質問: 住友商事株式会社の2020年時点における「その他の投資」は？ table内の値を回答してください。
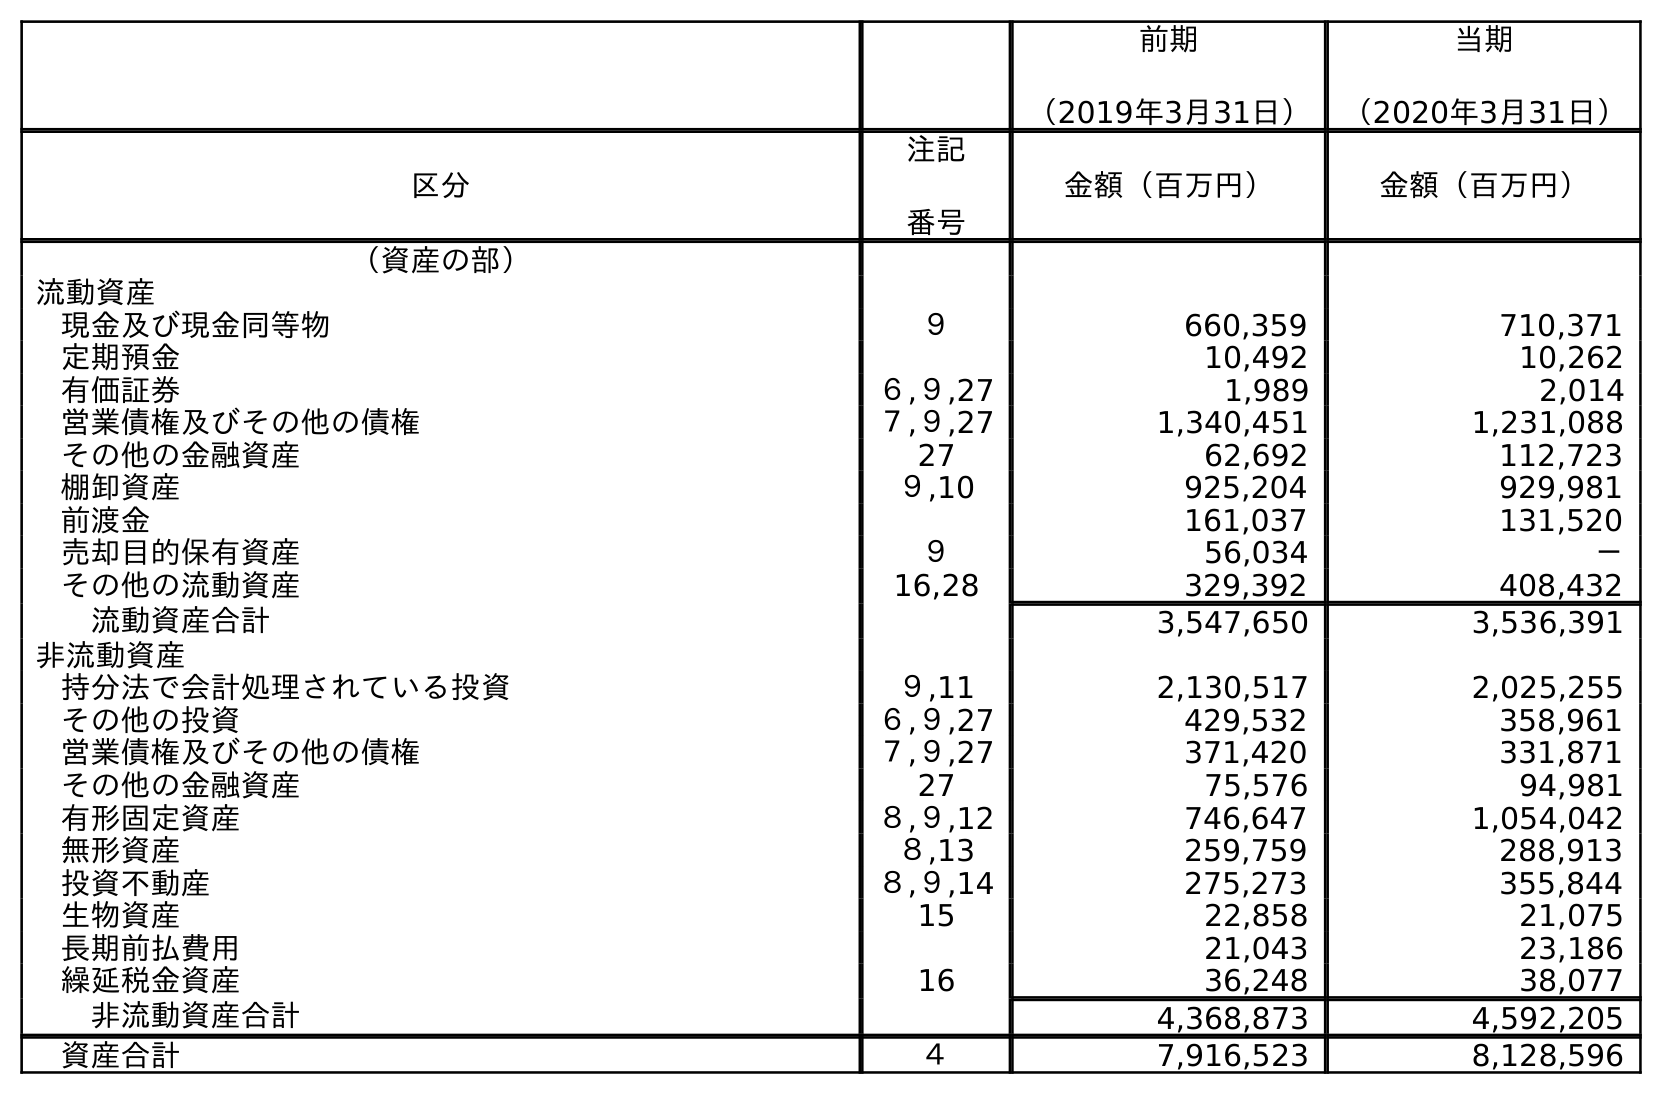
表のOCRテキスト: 前期 （2019年3月31日） 当期 （2020年3月31日） 区分 注記 番号 金額（百万円） 金額（百万円） （資産の部） 流動資産 現金及び現金同等物 ９ 660,359 710,371 定期預金 10,492 10,262 有価証券 ６,９,27 1,989 2,014 営業債権及びその他の債権 ７,９,27 1,340,451 1,231,088 その他の金融資産 27 62,692 112,723 棚卸資産 ９,10 925,204 929,981 前渡金 161,037 131,520 売却目的保有資産 ９ 56,034 － その他の流動資産 16,28 329,392 408,432 流動資産合計 3,547,650 3,536,391 非流動資産 持分法で会計処理されている投資 ９,11 2,130,517 2,025,255 その他の投資 ６,９,27 429,532 358,961 営業債権及びその他の債権 ７,９,27 371,420 331,871 その他の金融資産 27 75,576 94,981 有形固定資産 ８,９,12 746,647 1,054,042 無形資産 ８,13 259,759 288,913 投資不動産 ８,９,14 275,273 355,844 生物資産 15 22,858 21,075 長期前払費用 21,043 23,186 繰延税金資産 16 36,248 38,077 非流動資産合計 4,368,873 4,592,205 資産合計 ４ 7,916,523 8,128,596
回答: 358,961